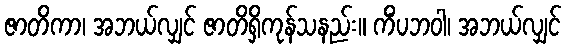
ဇာတိကာ၊ အဘယ်လျှင် ဇာတိရှိကုန်သနည်း။ ကိံပဘဝါ၊ အဘယ်လျှင်